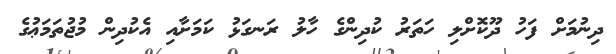
ދިނުމަށް ފަހު ދޫކޮށްލި ހަތަރު ކުދިންގެ ހާލު ރަނގަޅު ކަމަށާއި އެކުދިން މުޖުތަމަޢުގެ